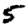
Digit: 5